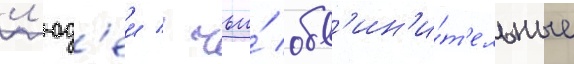
л'юд'еи / чьи́ обв'ин'и́т'ельные